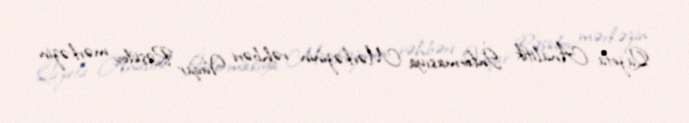
Qazeta Analitik İnformasıya Mərkəzinin rəhbəri Vüqar Rəşidov mərkəzin